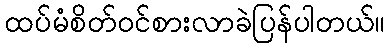
ထပ်မံစိတ်ဝင်စားလာခဲပြန်ပါတယ်။